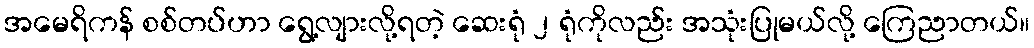
အမေရိကန် စစ်တပ်ဟာ ရွေ့လျားလို့ရတဲ့ ဆေးရုံ ၂ ရုံကိုလည်း အသုံးပြုမယ်လို့ ကြေညာတယ်။